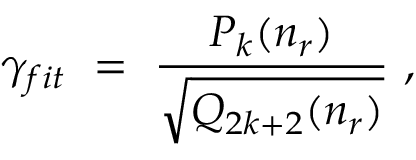
\gamma _ { f i t } \ = \ \frac { P _ { k } ( n _ { r } ) } { \sqrt { Q _ { 2 k + 2 } ( n _ { r } ) } } \ ,